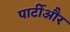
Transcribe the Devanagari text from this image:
पार्टीऔर